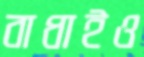
বাধাইও